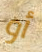
أو